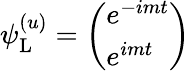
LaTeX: \psi_{\mathrm{{L}}}^{(u)}={\left(\begin{array}{l}{e^{-imt}}\\ {e^{imt}}\end{array}\right)}